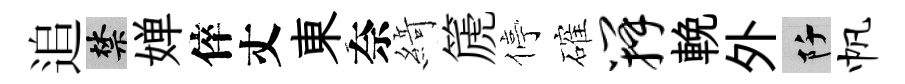
追禁婵倅丈東奈𦂶篪停確瓣輓外阡帆